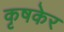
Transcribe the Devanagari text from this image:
कृषकेर